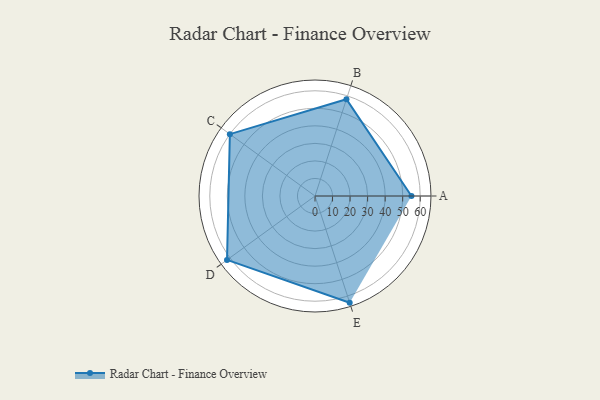
{"axis": {"x": "Skill", "y": "Score"}, "legend": ["Profile"], "data": [{"x": "A", "y": 55.0, "type": "Profile"}, {"x": "B", "y": 58.0, "type": "Profile"}, {"x": "C", "y": 60.0, "type": "Profile"}, {"x": "D", "y": 62.0, "type": "Profile"}, {"x": "E", "y": 64.0, "type": "Profile"}]}